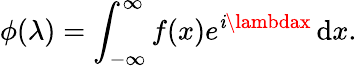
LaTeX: \phi(\lambda)=\int_{-\infty}^{\infty}f(x)e^{\mathit{i}\lambdax}\, \mathrm{d}x.